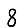
Digit: 8